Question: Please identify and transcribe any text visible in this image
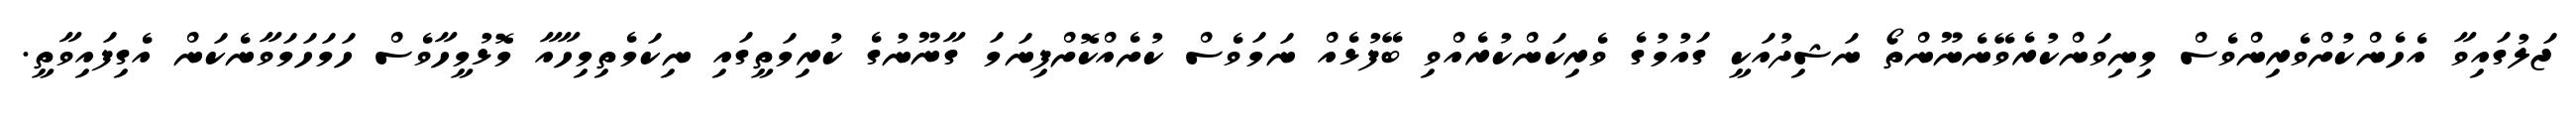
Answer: ޖަލުގައިވާ އެހެންކުށްވެރިންވެސް މިނިވަންކުރެވޭނެނޫންތޯ ނަޝިދުއަކީ ގައުމުގެ ވެރިކަންކުރެއްވި ބޭފުޅެއް ނަމަވެސް ކުށެއްކޮށްފިނަމަ ގާނޫނުގެ ކުރިމަތީގައި ނިކަމެތިމިހާއާ މޮޅުމީހާވެސް ހަމަހަމަވާނެކަން އެގިފައިވާތީ.